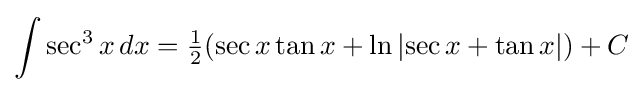
\int \sec ^{3}x\,dx={\tfrac {1}{2}}(\sec x\tan x+\ln \left|\sec x+\tan x\right|)+C